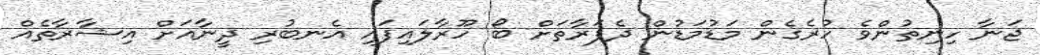
ޖަނާ ހިނިތުންވެ ހުރެގެން މަޑުމަޑުން ދެފަރާތަށް ބޯ ހޫރާލައިފައި އެނބުރި ދީނާއަށް އިޝާރާތެއް